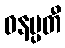
ဝနပ္ပတီ